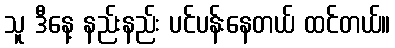
သူ ဒီနေ့ နည်းနည်း ပင်ပန်းနေတယ် ထင်တယ်။